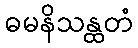
ဓမနိသန္ထတံ